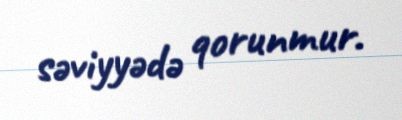
səviyyədə qorunmur.